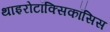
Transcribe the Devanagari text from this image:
थाइरोटॉक्सिकॉसिस